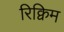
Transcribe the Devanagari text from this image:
रिक्विम